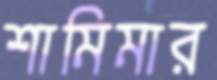
শামিমার